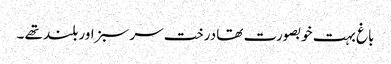
باغ بہت خوبصورت تھا درخت سرسبز اور بلند تھے ۔